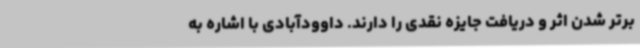
برتر شدن اثر و دریافت جایزه نقدی را دارند. داوودآبادی با اشاره به